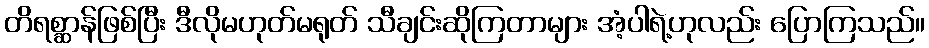
တိရစ္ဆာန်ဖြစ်ပြီး ဒီလိုမဟုတ်မရုတ် သီချင်းဆိုကြတာများ အံ့ပါရဲ့ဟုလည်း ပြောကြသည်။